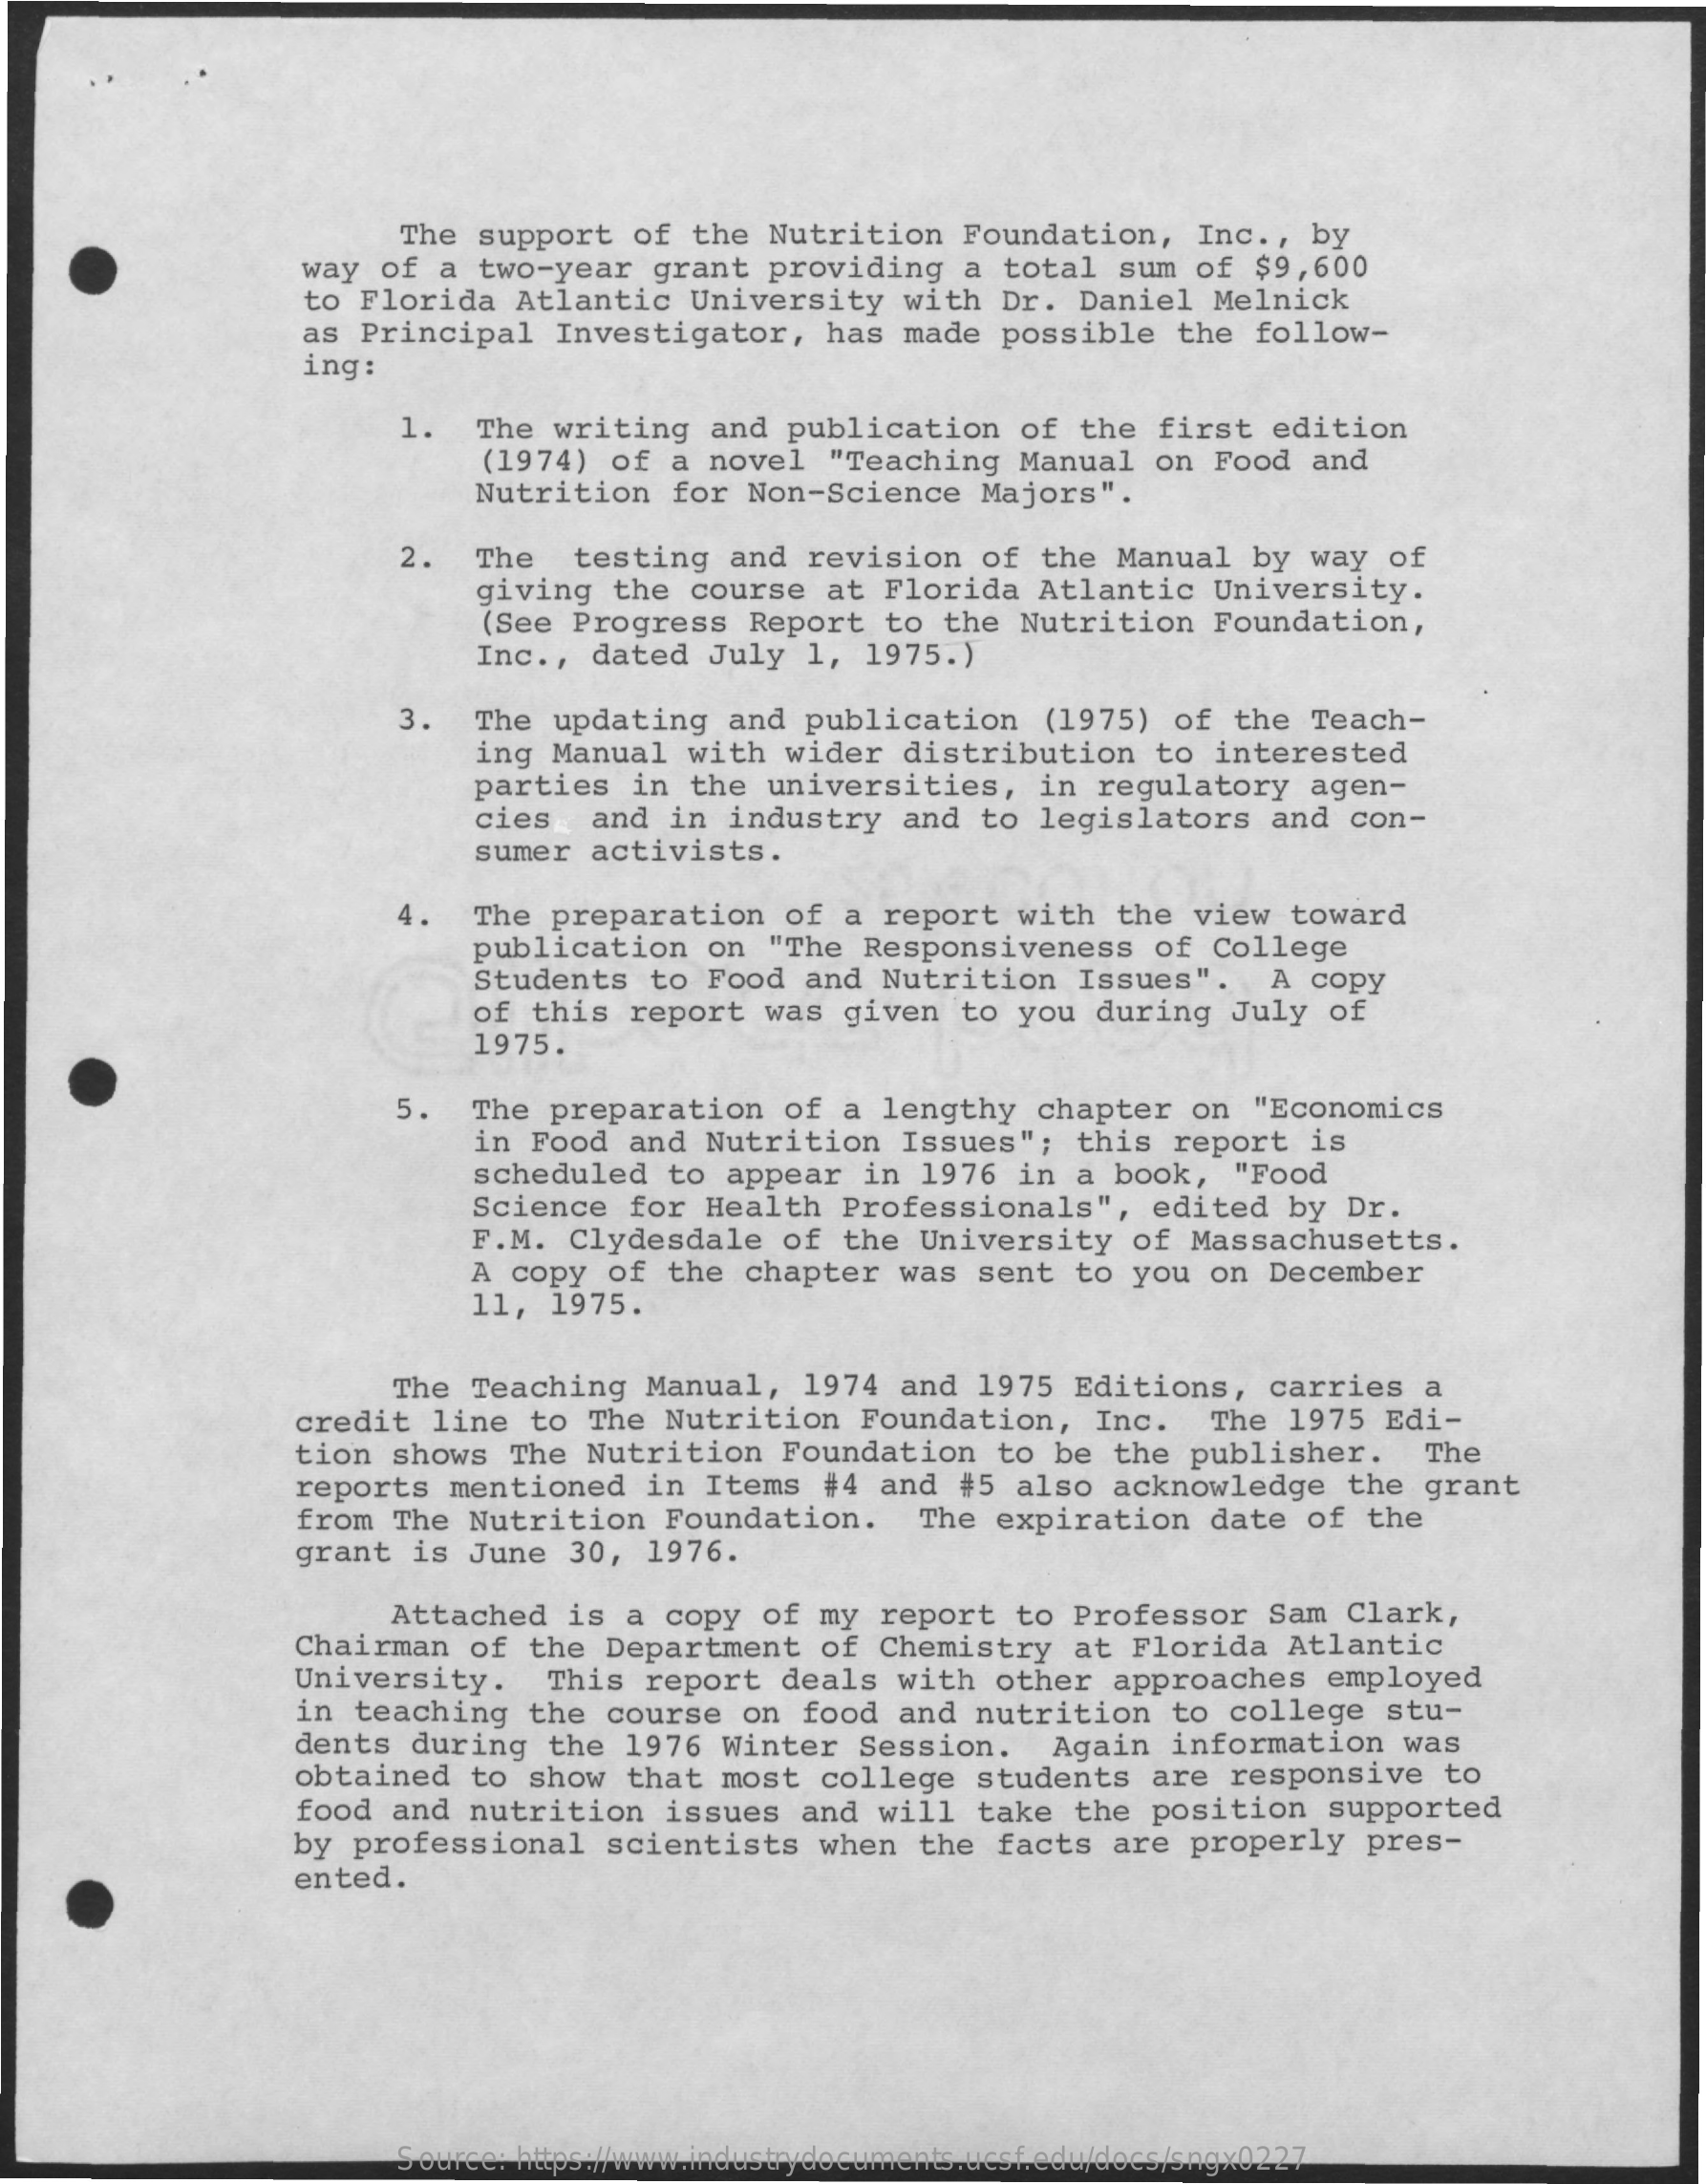
The  support   of  the  Nutrition   Foundation,    Inc ., by
     way  of a  two-year   grant   providing   a  total   sum  of $9,600
     to Florida   Atlantic    University    with  Dr.  Daniel   Melnick
     as Principal    Investigator,    has  made  possible    the  follow-
     ing:
     1.   The  writing   and  publication    of  the  first   edition
     (1974)  of a  novel   "Teaching   Manual   on  Food  and
     Nutrition    for Non-Science    Majors".
     2.   The   testing   and  revision    of  the Manual   by  way  of
     giving   the  course   at Florida   Atlantic    University.
     (See Progress   Report    to the  Nutrition    Foundation,
     Inc ., dated   July  1,  1975.)
     3.   The  updating   and  publication    (1975)  of  the  Teach-
     ing  Manual   with  wider   distribution    to  interested
     parties   in  the  universities,    in  regulatory    agen-
     cies   and  in  industry    and  to legislators    and  con-
     sumer  activists.
     4.   The  preparation    of  a report   with   the  view  toward
     publication    on  "The  Responsiveness    of  College
     Students   to  Food  and  Nutrition    Issues".    A  copy
     of this   report   was  given   to you  during   July  of
     1975.
     5.   The  preparation    of  a lengthy   chapter   on  "Economics
     in Food   and  Nutrition    Issues";   this  report   is
     scheduled   to  appear   in  1976  in  a book,   "Food
     Science   for  Health   Professionals",    edited   by Dr.
     F.M.  Clydesdale    of  the  University   of  Massachusetts.
     A copy  of  the  chapter   was   sent  to  you  on December
     11,  1975.
     The  Teaching   Manual,   1974  and  1975   Editions,   carries    a
     credit   line  to  The  Nutrition    Foundation,    Inc.    The  1975  Edi-
     tion  shows   The  Nutrition    Foundation    to be  the  publisher.    The
     reports  mentioned    in  Items  #4  and  #5  also  acknowledge    the  grant
     from  The Nutrition    Foundation.    The  expiration    date  of  the
     grant   is June   30,  1976.
     Attached   is  a copy  of  my  report   to  Professor   Sam  Clark,
     Chairman  of  the  Department    of  Chemistry    at Florida   Atlantic
     University.    This  report   deals  with  other   approaches    employed
     in teaching   the  course   on  food  and  nutrition    to  college   stu-
     dents   during   the  1976  Winter   Session.    Again   information    was
     obtained    to show   that  most  college   students    are  responsive    to
     food and  nutrition    issues   and  will   take  the  position   supported
     by  professional    scientists    when   the  facts  are  properly    pres-
     ented.
     Source: https://www.industrydocuments.ucsf.edu/docs/sngx0227